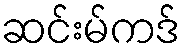
ဆင်းမ်ကဒ်